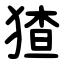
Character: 猹